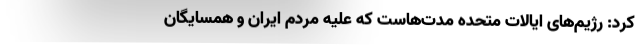
کرد: رژیم‌های ایالات متحده مدت‌هاست که علیه مردم ایران و همسایگان